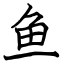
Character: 鱼